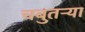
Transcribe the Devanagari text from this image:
चबुतऱ्या